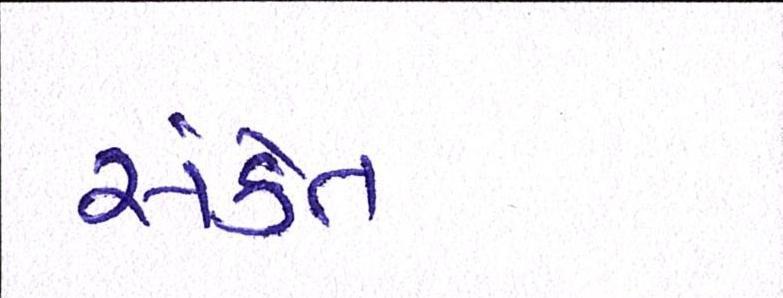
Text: સંકેત